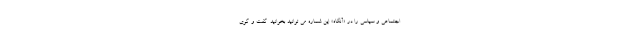
اجتماعی و سیاسی را در «آنگاه» این شماره می توانید بخوانید. گفت و گوی